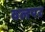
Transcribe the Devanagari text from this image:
वलपर